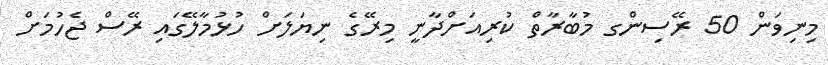
މިނިވަން 50 ރޭސިންގ މުބާރާތް ކުރިއަށްދާނީ މިރޭގެ ނިޔަލަށް ހުޅުމާލޭގައި ރޭސް ޖެހުމަށް